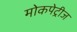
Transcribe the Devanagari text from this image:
मोकपेट्रीज